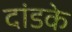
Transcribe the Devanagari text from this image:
दांडके